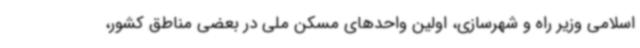
اسلامی وزیر راه و شهرسازی، اولین واحدهای مسکن ملی در بعضی مناطق کشور،